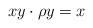
LaTeX: \begin{align*} x y \cdot \rho y = x\end{align*}